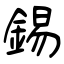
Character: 錫